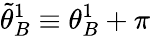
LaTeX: \tilde{\theta}_{B}^{1}\equiv\theta_{B}^{1}+\pi